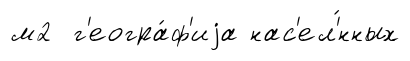
м2 г'еогра́ф'иjа нас'ел'́нных